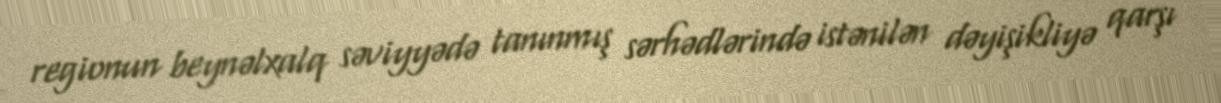
regionun beynəlxalq səviyyədə tanınmış sərhədlərində istənilən dəyişikliyə qarşı